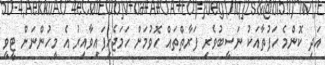
އަދި ކޮންމެ ހަފުތާއަކު ނަސީބުވެރި ފަރާތްތައް ހޮވުމަށް ހަމަޖެހިފައިވާއިރު އެ މީހުންނަށް ޓީވީ